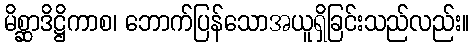
မိစ္ဆာဒိဋ္ဌိကာစ၊ ဘောက်ပြန်သောအယူရှိခြင်းသည်လည်း။